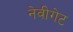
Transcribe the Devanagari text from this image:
नेवीगेट